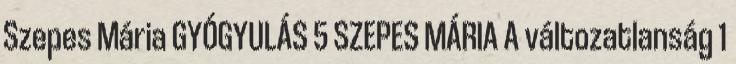
Szepes Mária GYÓGYULÁS 5 SZEPES MÁRIA A változatlanság 1